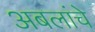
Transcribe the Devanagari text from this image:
अबलांचे